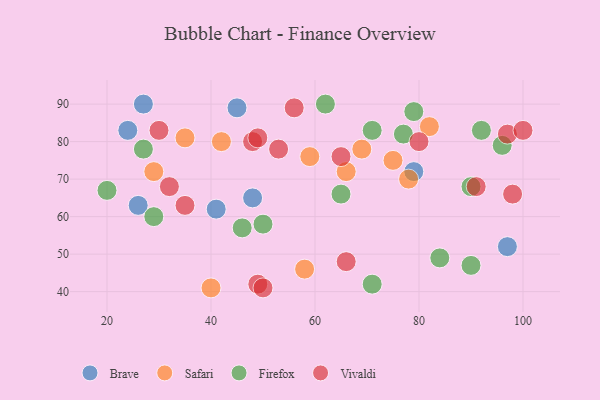
{"axis": {"x": "GDP", "y": "Life Expectancy"}, "legend": ["Brave", "Firefox", "Safari", "Vivaldi"], "data": [{"x": "27", "y": 90, "type": "Brave"}, {"x": "79", "y": 72, "type": "Brave"}, {"x": "24", "y": 83, "type": "Brave"}, {"x": "97", "y": 52, "type": "Brave"}, {"x": "45", "y": 89, "type": "Brave"}, {"x": "48", "y": 65, "type": "Brave"}, {"x": "41", "y": 62, "type": "Brave"}, {"x": "26", "y": 63, "type": "Brave"}, {"x": "75", "y": 75, "type": "Safari"}, {"x": "58", "y": 46, "type": "Safari"}, {"x": "40", "y": 41, "type": "Safari"}, {"x": "82", "y": 84, "type": "Safari"}, {"x": "69", "y": 78, "type": "Safari"}, {"x": "35", "y": 81, "type": "Safari"}, {"x": "42", "y": 80, "type": "Safari"}, {"x": "59", "y": 76, "type": "Safari"}, {"x": "66", "y": 72, "type": "Safari"}, {"x": "78", "y": 70, "type": "Safari"}, {"x": "29", "y": 72, "type": "Safari"}, {"x": "27", "y": 78, "type": "Firefox"}, {"x": "29", "y": 60, "type": "Firefox"}, {"x": "84", "y": 49, "type": "Firefox"}, {"x": "50", "y": 58, "type": "Firefox"}, {"x": "90", "y": 47, "type": "Firefox"}, {"x": "71", "y": 83, "type": "Firefox"}, {"x": "90", "y": 68, "type": "Firefox"}, {"x": "71", "y": 42, "type": "Firefox"}, {"x": "92", "y": 83, "type": "Firefox"}, {"x": "79", "y": 88, "type": "Firefox"}, {"x": "62", "y": 90, "type": "Firefox"}, {"x": "46", "y": 57, "type": "Firefox"}, {"x": "65", "y": 66, "type": "Firefox"}, {"x": "77", "y": 82, "type": "Firefox"}, {"x": "20", "y": 67, "type": "Firefox"}, {"x": "96", "y": 79, "type": "Firefox"}, {"x": "91", "y": 68, "type": "Vivaldi"}, {"x": "65", "y": 76, "type": "Vivaldi"}, {"x": "49", "y": 42, "type": "Vivaldi"}, {"x": "56", "y": 89, "type": "Vivaldi"}, {"x": "98", "y": 66, "type": "Vivaldi"}, {"x": "48", "y": 80, "type": "Vivaldi"}, {"x": "80", "y": 80, "type": "Vivaldi"}, {"x": "35", "y": 63, "type": "Vivaldi"}, {"x": "66", "y": 48, "type": "Vivaldi"}, {"x": "97", "y": 82, "type": "Vivaldi"}, {"x": "100", "y": 83, "type": "Vivaldi"}, {"x": "53", "y": 78, "type": "Vivaldi"}, {"x": "50", "y": 41, "type": "Vivaldi"}, {"x": "32", "y": 68, "type": "Vivaldi"}, {"x": "49", "y": 81, "type": "Vivaldi"}, {"x": "30", "y": 83, "type": "Vivaldi"}]}